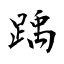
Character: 踽